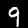
Digit: 9